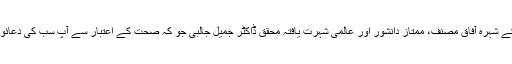
اس تقریب کا سب سے خوشگوار، یاد گار اور تاریخی پہلو یہ ہے کہ اردو ادب کے سرتاج، تاریخ ادبِ اردو کے شہرہ آفاق مصنف، ممتاز دانشور اور عالمی شہرت یافتہ محقق ڈاکٹر جمیل جالبی جو کہ صحت کے اعتبار سے آپ سب کی دعائو ں کے طالب ہیں اس عظیم الشان ریسرچ لائبریری کا سنگ بنیاد انہی کے دست مبارک سے رکھا جا رہاہے۔